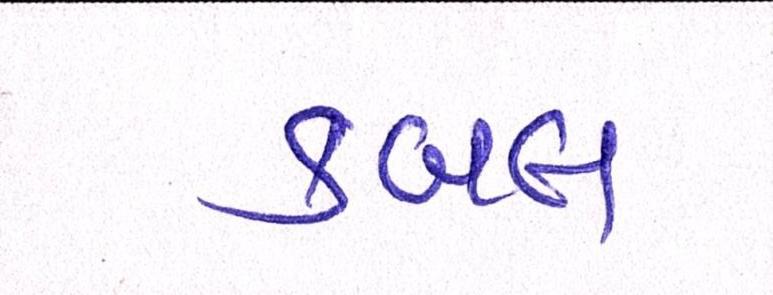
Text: ક્લબ